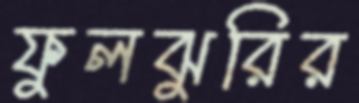
ফুলঝুরির